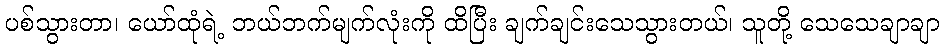
ပစ်သွားတာ၊ ယော်ထုံရဲ့ ဘယ်ဘက်မျက်လုံးကို ထိပြီး ချက်ချင်းသေသွားတယ်၊ သူတို့ သေသေချာချာ